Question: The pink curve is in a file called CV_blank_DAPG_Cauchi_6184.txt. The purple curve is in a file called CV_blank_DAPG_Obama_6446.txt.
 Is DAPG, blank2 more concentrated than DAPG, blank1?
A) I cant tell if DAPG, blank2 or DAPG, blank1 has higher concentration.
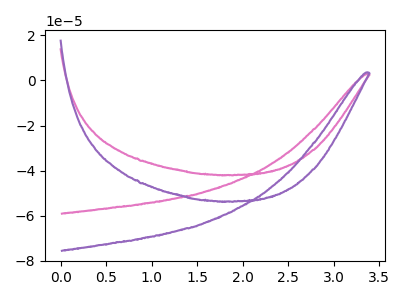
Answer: <think>The pink curve "DAPG, blank1" has no peaks. The purple curve "DAPG, blank2" has no peaks.
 Neither "DAPG, blank2" or "DAPG, blank1" have any peaks.</think>
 <answer>A) I cant tell if "DAPG, blank2" or "DAPG, blank1" has higher concentration.</answer>
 <eval>A</eval>